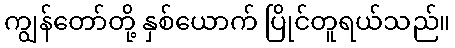
ကျွန်တော်တို့ နှစ်ယောက် ပြိုင်တူရယ်သည်။